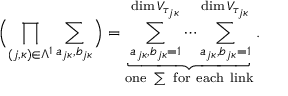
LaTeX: \Bigl ( \prod _ { ( j , \kappa ) \in \Lambda ^ { 1 } } \sum _ { a _ { j \kappa } , b _ { j \kappa } } \Bigr ) = \underbrace { \sum _ { a _ { j \kappa } , b _ { j \kappa } = 1 } ^ { \dim V _ { \tau _ { j \kappa } } } \cdots \sum _ { a _ { j \kappa } , b _ { j \kappa } = 1 } ^ { \dim V _ { \tau _ { j \kappa } } } } _ { \mathrm { o n e ~ \sum ~ f o r ~ e a c h ~ l i n k } } .